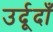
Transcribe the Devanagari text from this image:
उर्दूदाँ